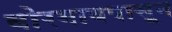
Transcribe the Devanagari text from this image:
बोरगावपासून